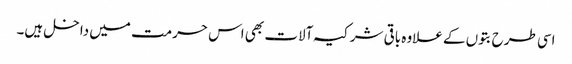
اسی طرح بتوں کے علاوہ باقی شرکیہ آلات بھی اس حرمت میں داخل ہیں۔